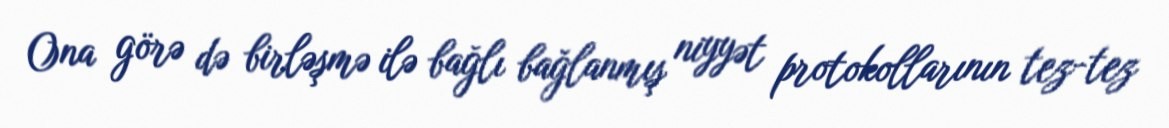
Ona görə də birləşmə ilə bağlı bağlanmış niyyət protokollarının tez-tez